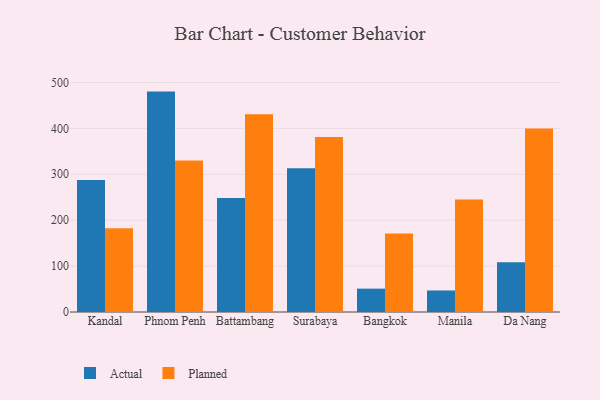
{"axis": {"x": "City", "y": "Satisfaction Score"}, "legend": ["Actual", "Planned"], "data": [{"x": "Kandal", "y": 287.8, "type": "Actual"}, {"x": "Kandal", "y": 182.6, "type": "Planned"}, {"x": "Phnom Penh", "y": 480.1, "type": "Actual"}, {"x": "Phnom Penh", "y": 330.1, "type": "Planned"}, {"x": "Battambang", "y": 248.1, "type": "Actual"}, {"x": "Battambang", "y": 430.5, "type": "Planned"}, {"x": "Surabaya", "y": 312.9, "type": "Actual"}, {"x": "Surabaya", "y": 381.2, "type": "Planned"}, {"x": "Bangkok", "y": 50.9, "type": "Actual"}, {"x": "Bangkok", "y": 171.0, "type": "Planned"}, {"x": "Manila", "y": 46.9, "type": "Actual"}, {"x": "Manila", "y": 245.1, "type": "Planned"}, {"x": "Da Nang", "y": 108.1, "type": "Actual"}, {"x": "Da Nang", "y": 399.8, "type": "Planned"}]}